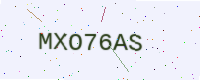
Text: MXO76AS